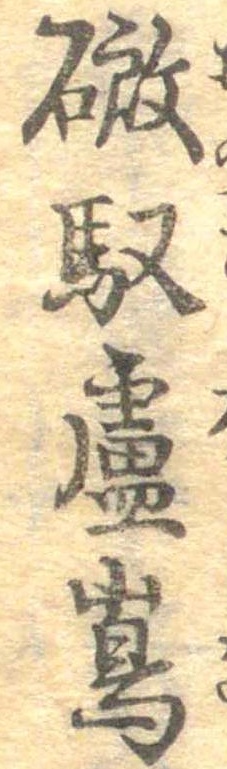
磤馭盧島